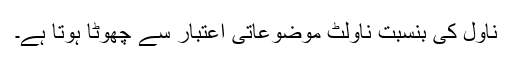
ناول کی بنسبت ناولٹ موضوعاتی اعتبار سے چھوٹا ہوتا ہے۔